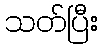
သတ်ပြီး